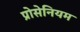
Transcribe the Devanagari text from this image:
प्रोसेनियम